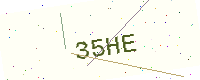
Text: 35HE